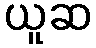
ယူဆ